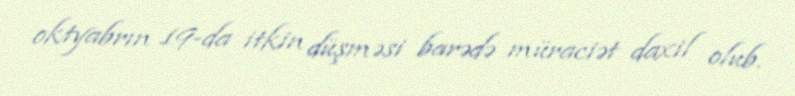
oktyabrın 19-da itkin düşməsi barədə müraciət daxil olub.